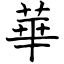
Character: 華